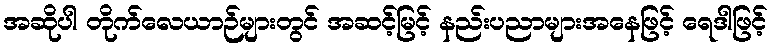
အဆိုပါ တိုက်လေယာဉ်များတွင် အဆင့်မြင့် နည်းပညာများအနေဖြင့် ရေဒါဖြင့်